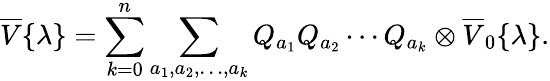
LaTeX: \overline{{{V}}}{\{ }\lambda{\} }=\sum_{k=0}^{n}\sum_{a_{1},a_{2},\ldots,a_{k}}Q_{a_{1}}Q_{a_{2}}\cdots Q_{a_{k}}\otimes\overline{{{V}}}_{0}{\{ }\lambda{\} }.